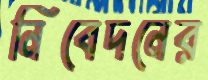
নিবেদনের